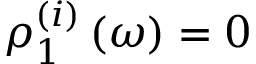
\rho _ { 1 } ^ { ( i ) } \left( \omega \right) = 0